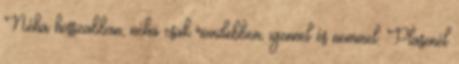
Néha hosszabban, néha csak rövidebben, igennel és nemmel. Plasenél